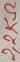
Text: 2,2KΩ